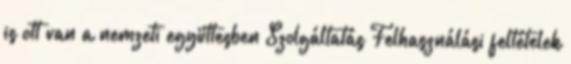
is ott van a nemzeti együttesben Szolgáltatás Felhasználási feltételek